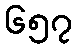
၆၅၇